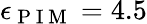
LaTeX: \epsilon_{\mathrm{~P~I~M~}}=4.5